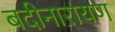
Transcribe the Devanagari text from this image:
बदीनारायण